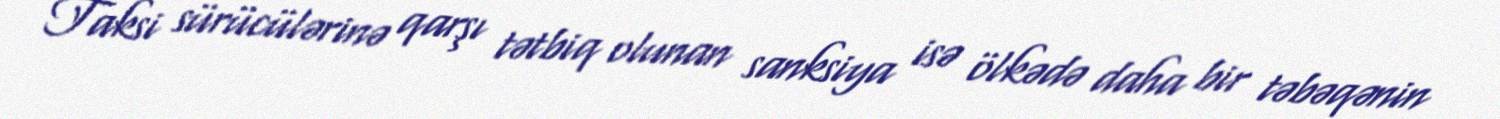
Taksi sürücülərinə qarşı tətbiq olunan sanksiya isə ölkədə daha bir təbəqənin